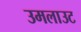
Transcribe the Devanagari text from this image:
उमलाउट